Report of the Hyderabad Chloroform Commission
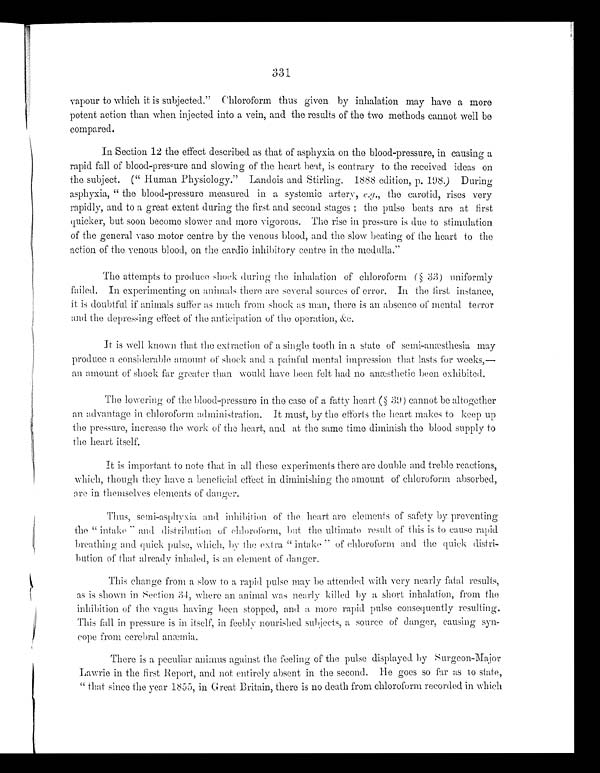
331
vapour to which it is subjected." Chloroform thus given by inhalation may have a more
potent action than when injected into a vein, and the results of the two methods cannot well be
compared.
In Section 12 the effect described as that of asphyxia on the blood-pressure, in causing
a r a p i d f a l l o f b l o o d - p r e s s u r e a n d s l o w i n g o f t h e h e a r t b e a t , i s c o n t r a r y t o t h e r e c e i v e d i d e a s o n
the subject. ("Human Physiology." Landois and Stirling. 1888 edition, p. 198.) During
asphyxia, "the blood-pressure measured in a systemic artery, e.g., the carotid, rises very
rapidly, and to a great extent during the first and second stages; the pulse beats are at first
quicker, but soon become slower and more vigorous. The rise in pressure is due to stimulation
of the general vaso motor centre by the venous blood, and the slow beating of the heart to the
action of the venous blood, on the cardio inhibitory centre in the medulla."
The attempts to produce shock during the inhalation of chloroform (§ 33) uniformly
failed. In experimenting on animals there are several sources of error. In the first instance,
it is doubtful if animals suffer as much from shock as man, there is an absence of mental terror
and the depressing effect of the anticipation of the operation, &c.
It is well known that the extraction of a single tooth in a state of semi-anæsthesia may
produce it considerable amount of shock and a painful mental impression that lasts for weeks,—
an amount of shock far greater than would have been felt had no anæsthetic been exhibited.
The lowering of the blood-pressure in the case of a fatty heart (§ 39) cannot be altogether
an advantage in chloroform administration. It must, by the efforts the heart makes to keep up
the pressure, increase the work of the heart, and at the same time diminish the blood supply to
the heart itself.
It is important to note that in all these experiments there are double and treble reactions,
which, though they have a beneficial effect in diminishing the amount of chloroform absorbed,
are in themselves elements of danger.
Thus, semi-asphyxia and inhibition of the heart are elements of safety by preventing
the "intake" and distribution of (chloroform, but the ultimate result of this is to cause rapid
breathing and quick pulse, which, by the extra "intake" of chloroform and the quick distri--
bution of that already inhaled, is an element of danger.
This change from a slow to a rapid pulse may be attended with very nearly fatal results,
as is shown in Section 34, where an animal was nearly killed by a short inhalation, from the
inhibition of the vagus having been stopped, and a more rapid pulse consequently resulting.
This fall in pressure is in itself, in feebly nourished subjects, a source of danger, causing syn--
cope from cerebral anæmia.
There is a peculiar animus against the feeling of the pulse displayed by Surgeon-Major
Lawrie in the first Report, and not entirely absent in the second. He goes so far as to state,
"that since the year 1855, in Great Britain, there is no death from chloroform recorded in which